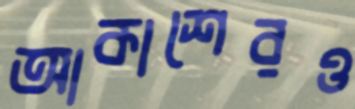
আকাশেরও